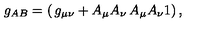
g _ { A B } = \left( \begin{matrix} { g _ { \mu \nu } + A _ { \mu } A _ { \nu } } & { A _ { \mu } } \\ { A _ { \nu } } & { 1 } \\ \end{matrix} \right) ,